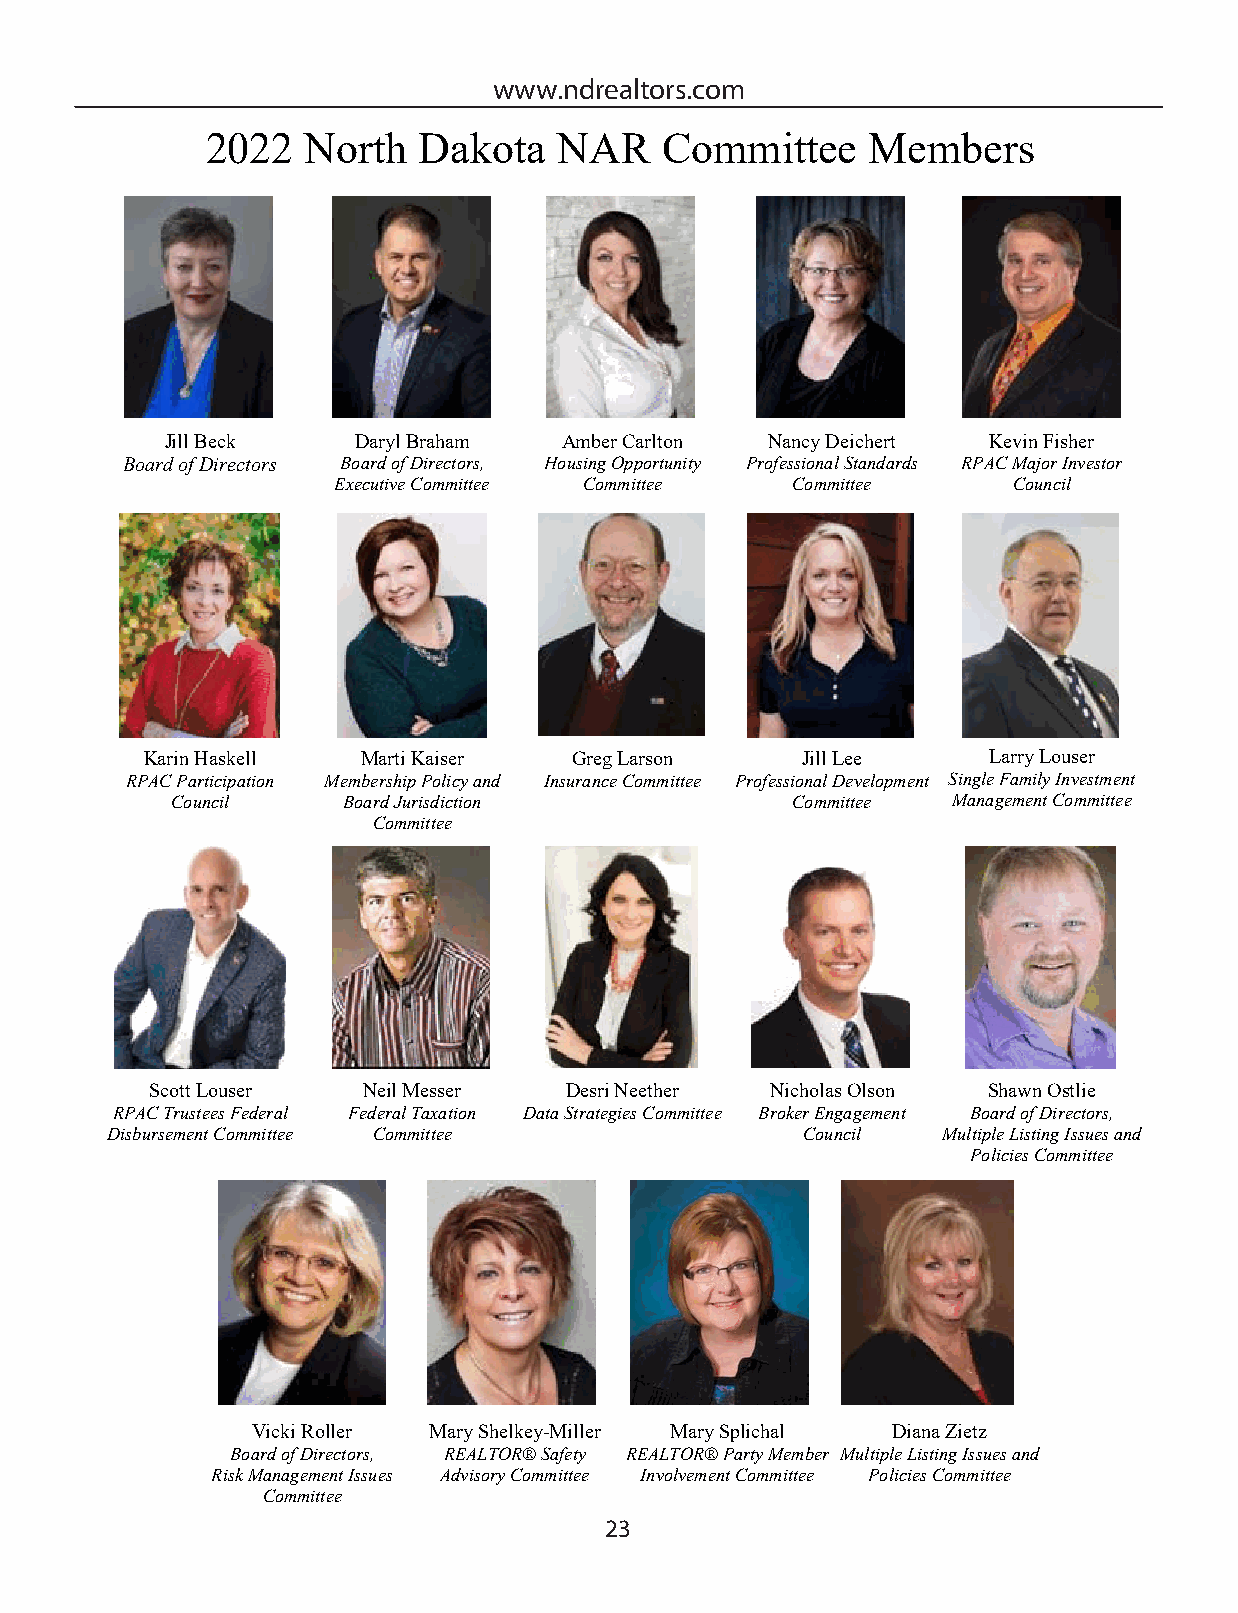
www.ndrealtors.com
 2022  North   Dakota   NAR    Committee    Members
 Jill Beck   Daryl Braham  Amber Carlton Nancy Deichert Kevin Fisher
 Board of Directors Board of Directors, Housing Opportunity Professional Standards RPAC Major Investor
 Executive Committee Committee Committee      Council
 Karin Haskell Marti Kaiser  Greg Larson    Jill Lee    Larry Louser
 RPAC Participation Membership Policy and Insurance Committee Professional Development Single Family Investment
 Council     Board Jurisdiction           Committee  Management Committee
 Committee
 Scott Louser  Neil Messer  Desri Neether Nicholas Olson Shawn Ostlie
 RPAC Trustees Federal Federal Taxation Data Strategies Committee Broker Engagement Board of Directors,
 Disbursement Committee Committee              Council  Multiple Listing Issues and
 Policies Committee
 Vicki Roller Mary Shelkey-Miller Mary Splichal Diana Zietz
 Board of Directors, REALTOR® Safety REALTOR® Party Member Multiple Listing Issues and
 Risk Management Issues Advisory Committee Involvement Committee Policies Committee
 Committee
 23